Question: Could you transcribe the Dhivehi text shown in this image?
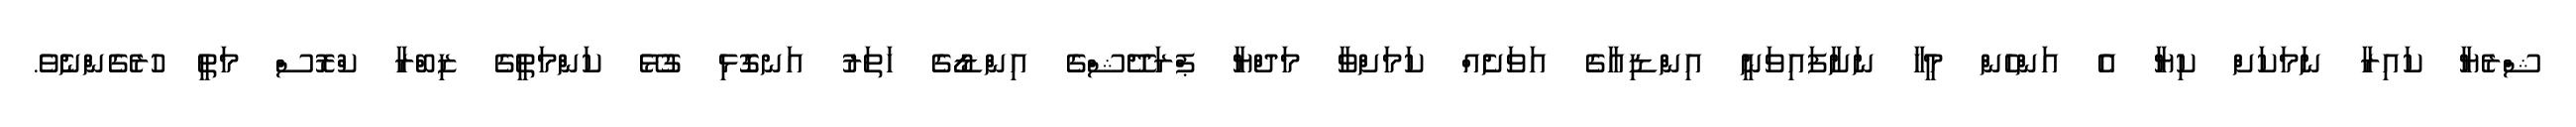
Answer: ޝްރެޔާ ކައިރާ ނަމަކަށް ކިޔާ އެ އަންހެން މީހާ ނަށާފައިވަނީ އިންޑިއާގެ އަވަށެއް ކަމަށްވާ މަދްޔާ ޕްރަދޭޝްގެ އިންޑޯގެ ހަތަރު އަނގޮޅި ގުޅޭ ކަންމަތީގެ ޒިބްރާ ކްރޮސް މަތީ ހުރެގެންނެވެ.